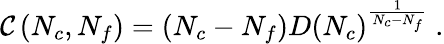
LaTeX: \mathcal{C}\left(N_{c},N_{f}\right)=\left(N_{c}-N_{f}\right)D\left(N_{c}\right)^{\frac{{1}}{{N_{c}-N_{f}}}}\ .